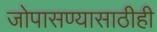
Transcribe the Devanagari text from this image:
जोपासण्यासाठीही